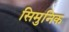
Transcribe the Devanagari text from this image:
सिमुनिक